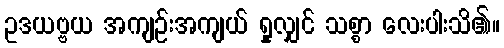
ဥဒယဗ္ဗယ အကျဉ်းအကျယ် ရှုလျှင် သစ္စာ လေးပါးသိ၏။